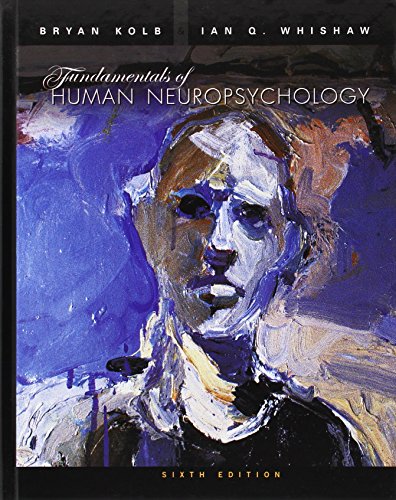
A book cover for Fundamentals of Human Neuropsychology; Bryan Kolb; Medical Books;